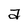
Character: a